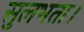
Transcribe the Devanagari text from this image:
सुलभता।